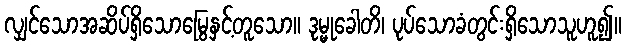
လျှင်သောအဆိပ်ရှိသောမြွေနှင့်တူသော။ ဒုမ္မုခေါတိ၊ ပုပ်သောခံတွင်းရှိသောသူဟူ၍။